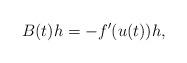
LaTeX: \begin{align*}B(t)h=-f'(u(t))h, \end{align*}